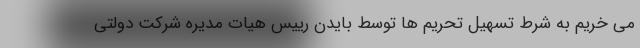
می خریم به شرط تسهیل تحریم ها توسط بایدن رییس هیات مدیره شرکت دولتی